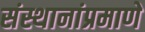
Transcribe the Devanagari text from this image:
संस्थानांप्रमाणे